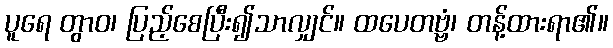
ပူရေ တွာဝ၊ ပြည့်စေပြီး၍သာလျှင်။ ထပေတဗ္ဗံ၊ တန့်ထားရာ၏။